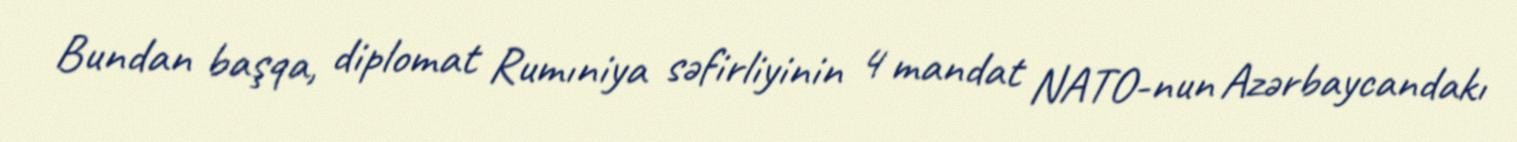
Bundan başqa, diplomat Rumıniya səfirliyinin 4 mandat NATO-nun Azərbaycandakı